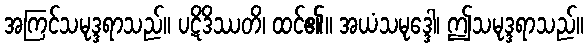
အကြင်သမုဒ္ဒရာသည်။ ပဋိဒိဿတိ၊ ထင်၏။ အယံသမုဒ္ဒေါ၊ ဤသမုဒ္ဒရာသည်။